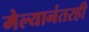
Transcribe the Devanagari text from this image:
मेल्यानंतरही